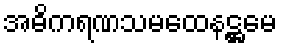
အဓိကရဏသမထေနဋ္ဌမေ